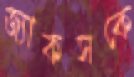
জ্যাকসকে